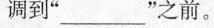
调到”___”之前。